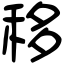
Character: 移